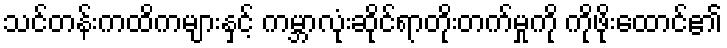
သင်တန်းကထိကများနှင့် ကမ္ဘာလုံးဆိုင်ရာတိုးတက်မှုကို ကိုဖိုးထောင်၏